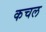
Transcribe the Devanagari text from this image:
कचल